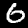
Label: 6